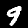
Label: 9